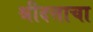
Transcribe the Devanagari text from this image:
श्रीदत्ताचा